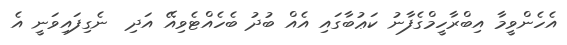
އެހެންވީމާ އިބްރާހީމްގެފާނު ކަޢުބާގައި އެއް ބުދު ބެހެއްޓެވިއޭ އަދި  ނެގިފައިވަނީ އެ